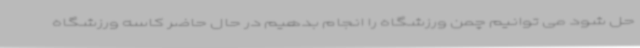
حل شود می توانیم چمن ورزشگاه را انجام بدهیم در حال حاضر کاسه ورزشگاه